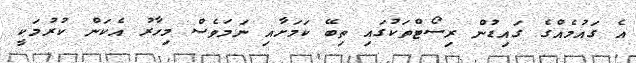
އެ ގައުމެއްގެ ގައިޑުން ރިސޯޓްތަކުގައި ތިބޭ ކަމަށާއި ނަމަވެސް މިހާރު އެކަން ކުރުމަކީ